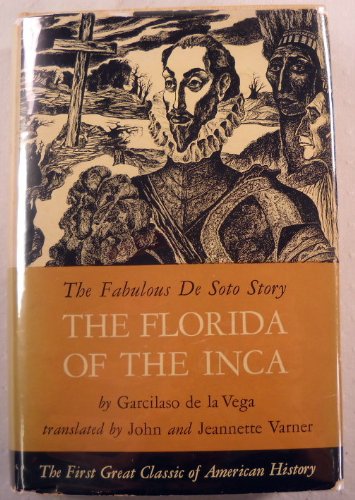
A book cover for The Florida of the Inca;: A history of adelantado, Hernando de Soto, Governor and Captain General of the kingdom of Florida, and of other heroic Spanish and Indian cavaliers,; Garcilaso de la Vega; History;